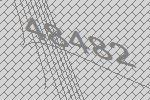
48482